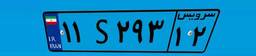
۱۱S۸۹۲۷۶